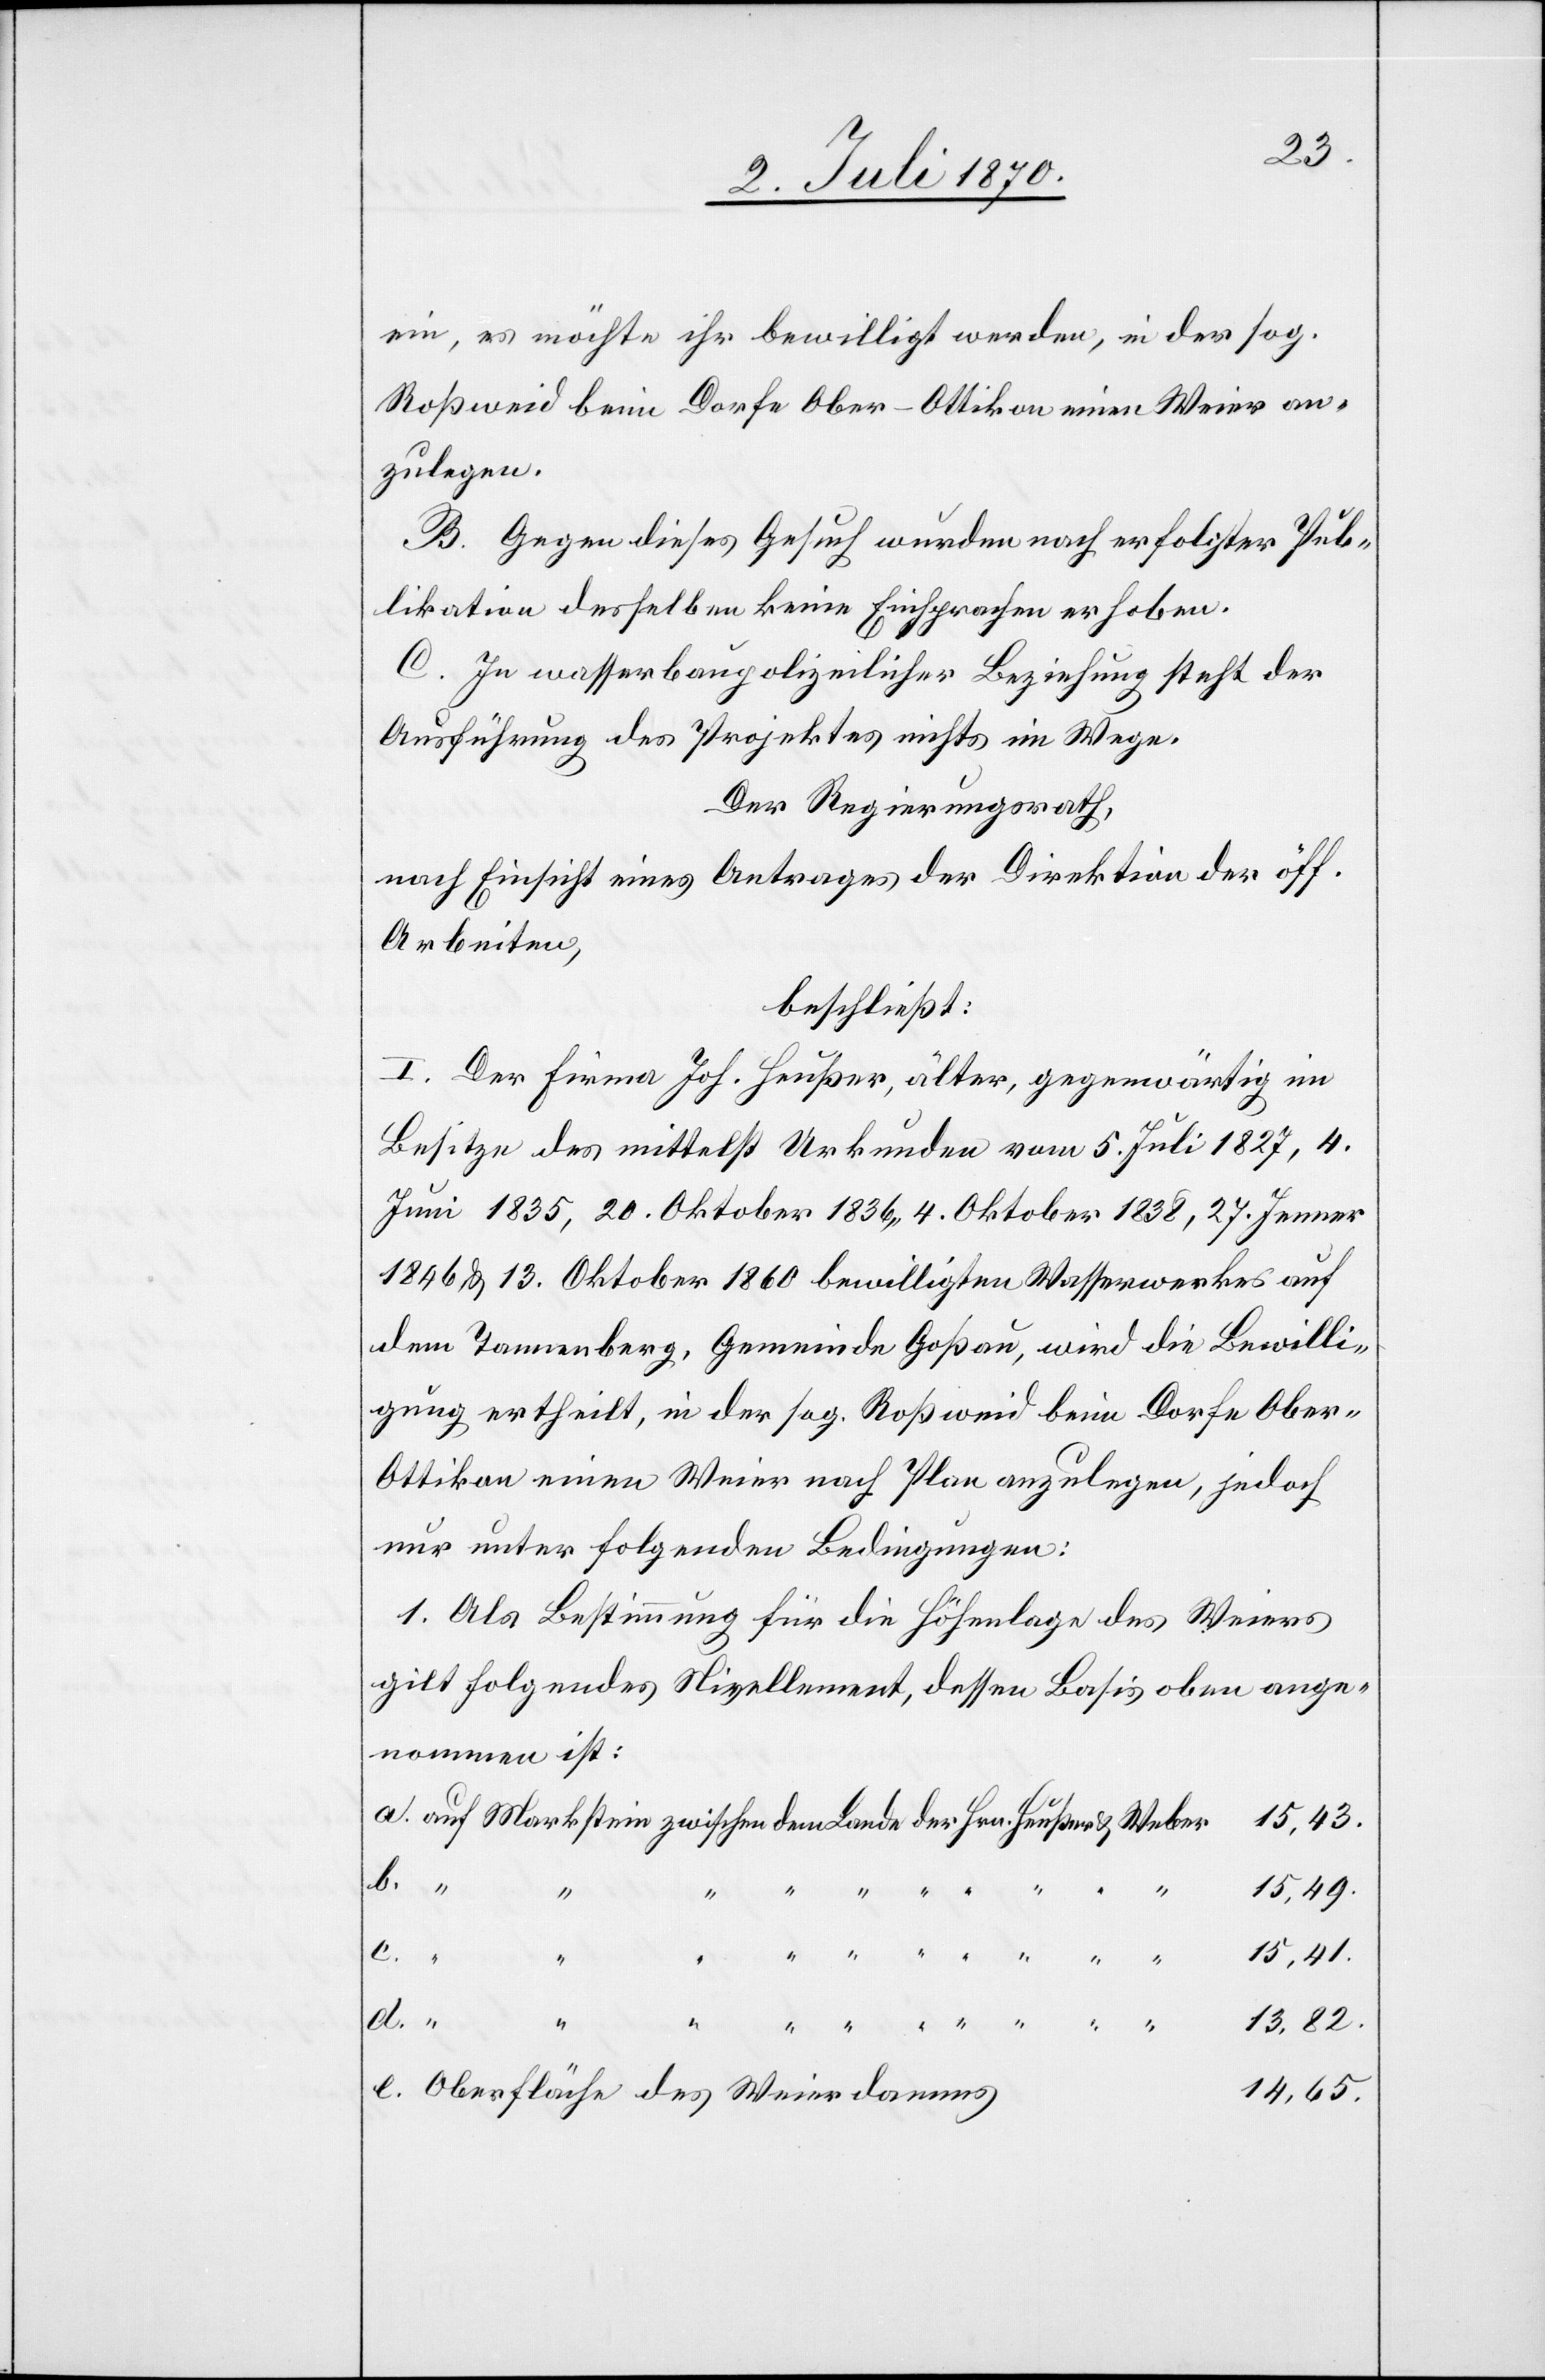
ein, es möchte ihr bewilligt werden, in der sog.
Roßweid beim Dorfe Ober-Ottikon einen Weier an¬
zulegen.
B. Gegen dieses Gesuch wurden nach erfolgter Pub¬
likation desselben keine Einsprachen erhoben.
C. In wasserbaupolizeilicher Beziehung steht der
Ausführung des Projektes nichts im Wege.
Der Regierungsrath,
nach Einsicht eines Antrages der Direktion der öff.
Arbeiten,
beschließt:
I. Der Firma Joh. Heußer, älter, gegenwärtig im
Besitze des mittelst Urkunden vom 5. Juli 1827, 4.
Juni 1835, 20. Oktober 1836, 4. Oktober 1838, 27 Jenner
1846 & 13. Oktober 1860 bewilligten Wasserwerkes auf
dem Tannenberg, Gemeinde Goßau, wird die Bewilli¬
gung ertheilt, in der sog. Roßweid beim Dorfe Ober-O¬
ttikon einen Weier nach Plan anzulegen, jedoch
nur unter folgenden Bedingungen:
1. Als Bestimmung für die Höhenlage des Weiers
gilt folgendes Nivellement, dessen Basis oben ange¬
nommen ist:
d.
“
15,49.
e.
“
15,41.
13,82.
Oberfläche des Weierdamms
14,65.